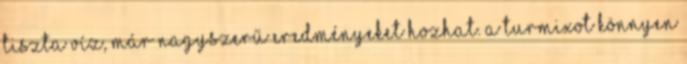
tiszta víz, már nagyszerű eredményeket hozhat. A turmixot könnyen